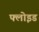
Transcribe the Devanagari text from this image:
फ्लोइड